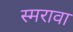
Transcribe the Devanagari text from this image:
स्मरावा